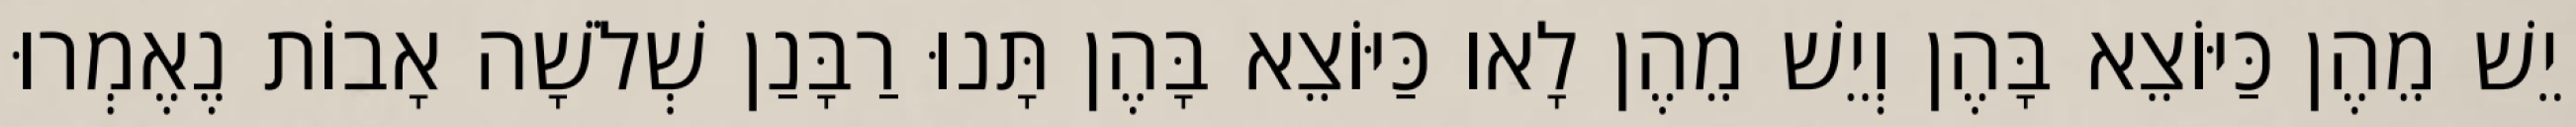
יֵשׁ מֵהֶן כַּיּוֹצֵא בָּהֶן וְיֵשׁ מֵהֶן לָאו כַּיּוֹצֵא בָּהֶן תָּנוּ רַבָּנַן שְׁלֹשָׁה אָבוֹת נֶאֶמְרוּ